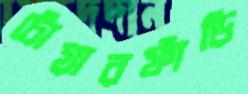
চোঁয়ারফাঁড়ি